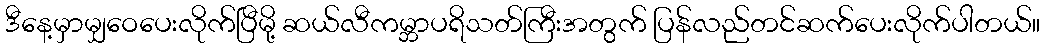
ဒီနေ့မှာမျှဝေပေးလိုက်ပြီမို့ ဆယ်လီကမ္ဘာပရိသတ်ကြီးအတွက် ပြန်လည်တင်ဆက်ပေးလိုက်ပါတယ်။